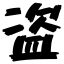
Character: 盗